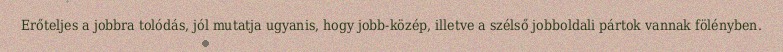
Erőteljes a jobbra tolódás, jól mutatja ugyanis, hogy jobb-közép, illetve a szélső jobboldali pártok vannak fölényben.